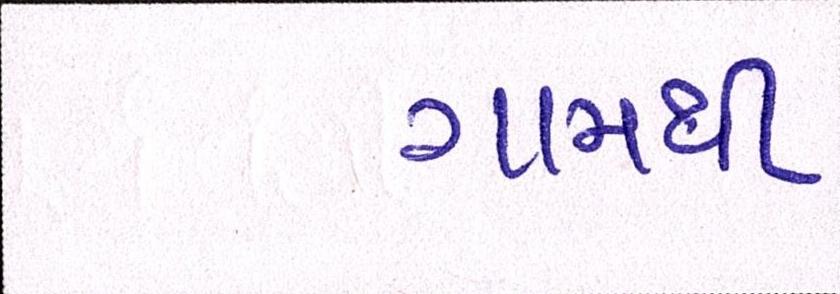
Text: ગામથી